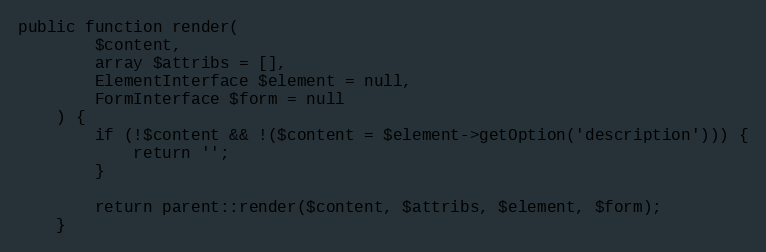
Language: PHP
public function render(
        $content,
        array $attribs = [],
        ElementInterface $element = null,
        FormInterface $form = null
    ) {
        if (!$content && !($content = $element->getOption('description'))) {
            return '';
        }

        return parent::render($content, $attribs, $element, $form);
    }